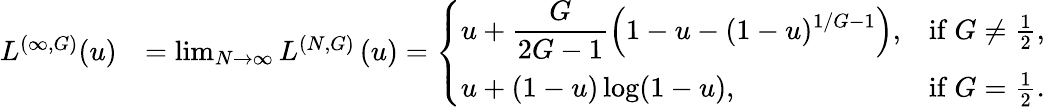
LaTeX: \begin{array}{rl}{L^{(\infty,G)}(u)}&{=\operatorname*{lim}_{N\to\infty}L^{(N,G)}\left(u\right)=\left\{ \begin{array}{ll}{\displaystyle u+\frac{G}{2G-1}\left(1-u-(1-u)^{1/G-1}\right),}&{\mathrm{if~}G\neq\frac{1}{2},}\\ {\displaystyle u+(1-u)\log(1-u),}&{\mathrm{if~}G=\frac{1}{2}.}\end{array}\right.}\end{array}